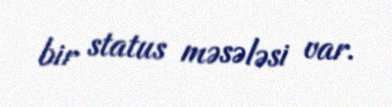
bir status məsələsi var.